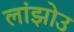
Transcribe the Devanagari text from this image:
लांझोउ